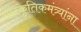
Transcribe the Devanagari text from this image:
सांस्कृतिकमंत्र्यांना